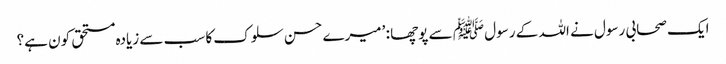
ایک صحابی رسول نے اللہ کے رسول ﷺ سے پوچھا : ’میرے حسن سلوک کا سب سے زیادہ مستحق کون ہے؟